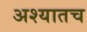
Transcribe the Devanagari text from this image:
अश्यातच